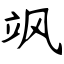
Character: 飒